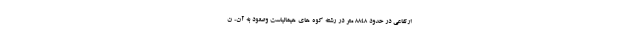
ارتفاعی در حدود ۸۸۴۸ متر در رشته کوه های هیمالیاست وصعود به آن، ن